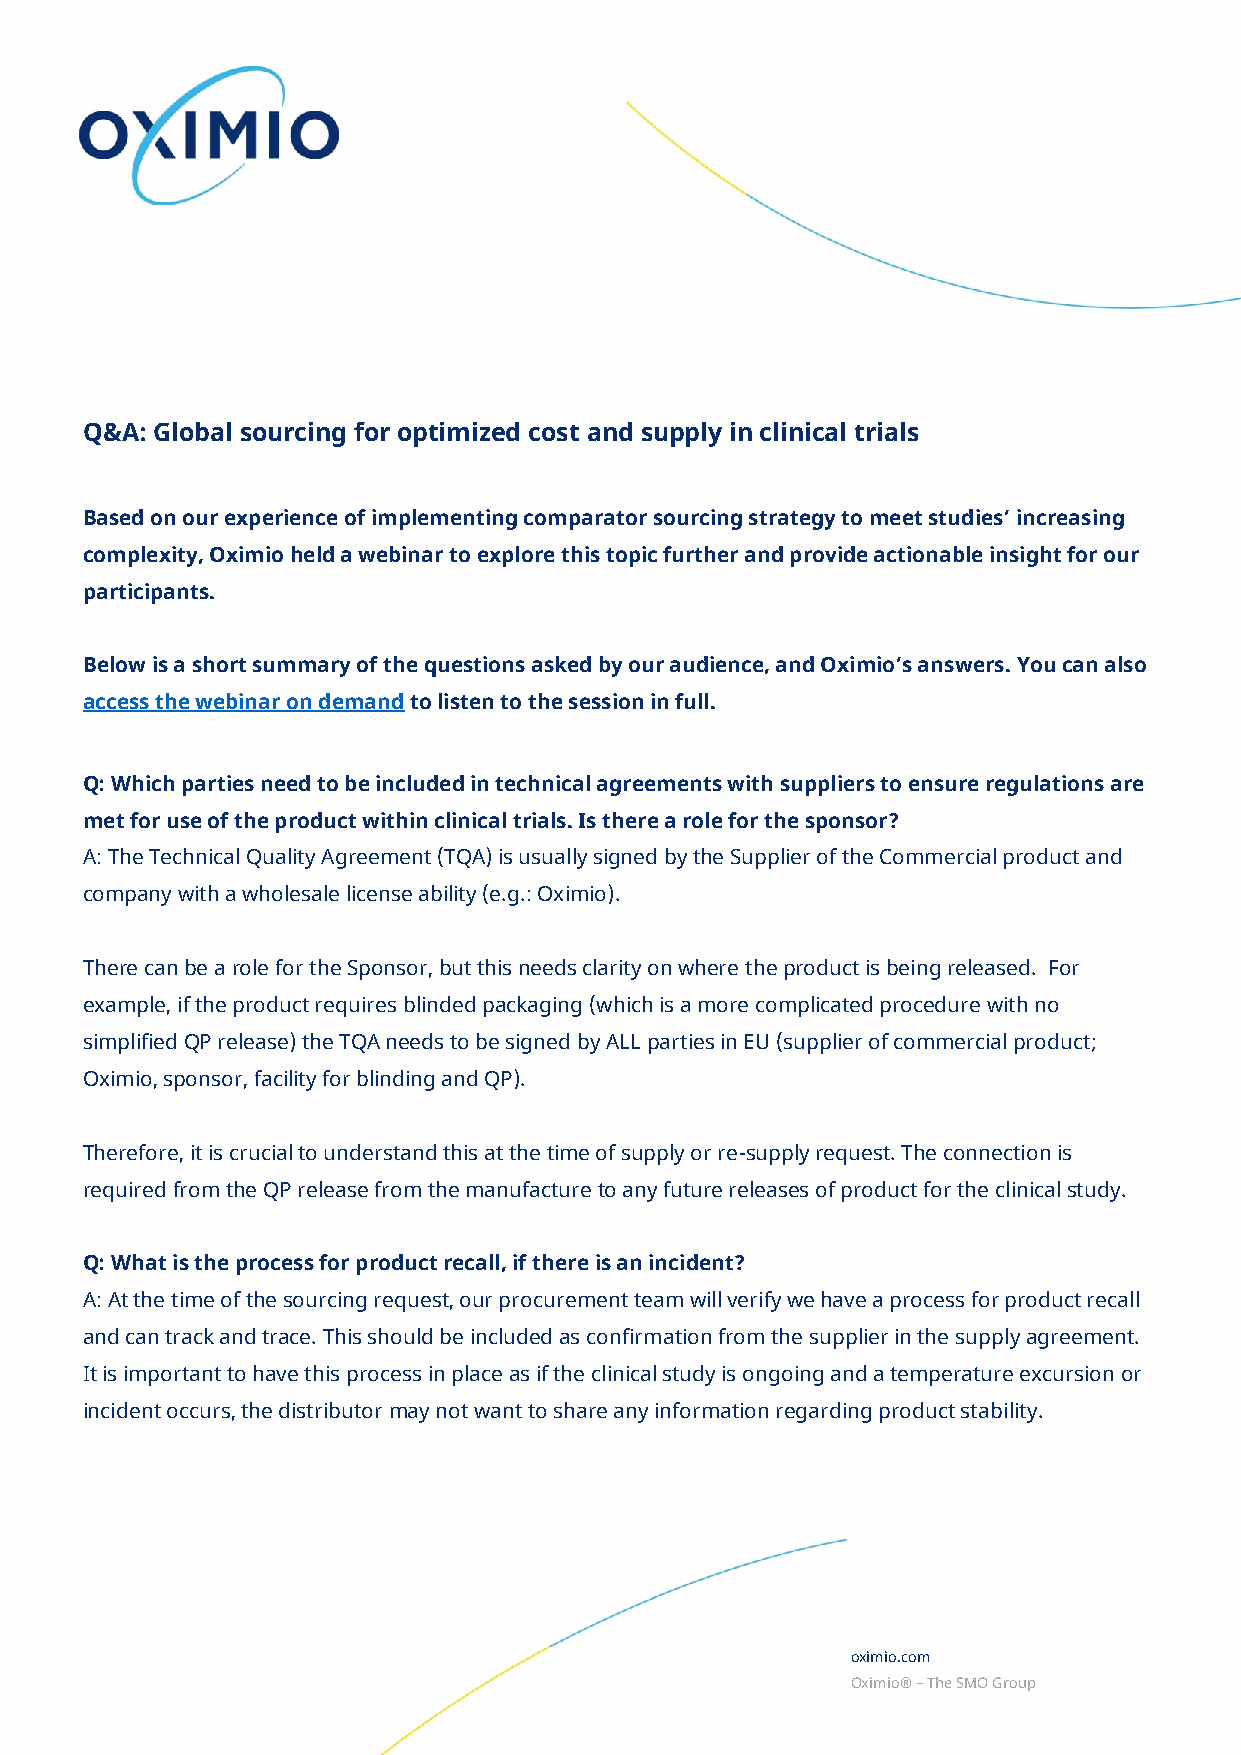
Q&A: Global sourcing for optimized cost and supply in clinical trials
 Based on our experience of implementing comparator sourcing strategy to meet studies’ increasing
 complexity, Oximio held a webinar to explore this topic further and provide actionable insight for our
 participants.
 Below is a short summary of the questions asked by our audience, and Oximio’s answers. You can also
 access the webinar on demand to listen to the session in full.
 Q: Which parties need to be included in technical agreements with suppliers to ensure regulations are
 met for use of the product within clinical trials. Is there a role for the sponsor?
 A: The Technical Quality Agreement (TQA) is usually signed by the Supplier of the Commercial product and
 company with a wholesale license ability (e.g.: Oximio).
 There can be a role for the Sponsor, but this needs clarity on where the product is being released. For
 example, if the product requires blinded packaging (which is a more complicated procedure with no
 simplified QP release) the TQA needs to be signed by ALL parties in EU (supplier of commercial product;
 Oximio, sponsor, facility for blinding and QP).
 Therefore, it is crucial to understand this at the time of supply or re-supply request. The connection is
 required from the QP release from the manufacture to any future releases of product for the clinical study.
 Q: What is the process for product recall, if there is an incident?
 A: At the time of the sourcing request, our procurement team will verify we have a process for product recall
 and can track and trace. This should be included as confirmation from the supplier in the supply agreement.
 It is important to have this process in place as if the clinical study is ongoing and a temperature excursion or
 incident occurs, the distributor may not want to share any information regarding product stability.
 oximio.com
 Oximio® – The SMO Group